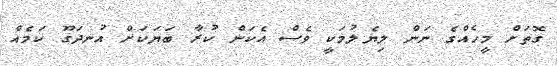
ގޮތަށް މީހެއްގެ ނަން ލިޔެލުމަކީ ވެސް އެކަން ކުރާ ބަޔަކަށް އުނދަގޫ ކަމެއް